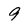
Character: 9